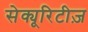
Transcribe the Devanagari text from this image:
सेक्यूरिटीज़